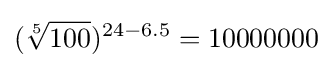
({\sqrt[{5}]{100}})^{24-6.5}=10000000